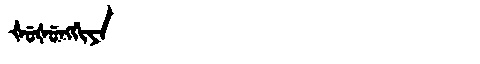
Manchu: ᡧᡠᡧᡠᠩᡤᡳᠶᠠ
Romanization: ŠUŠUNGGIYA